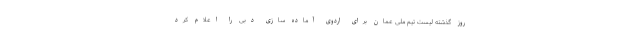
روز گذشته لیست تیم ملی عمان برای اردوی آماده سازی دبی را اعلام کرد